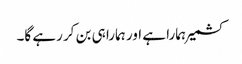
کشمیر ہمارا ہے اور ہمارا ہی بن کر رہے گا۔